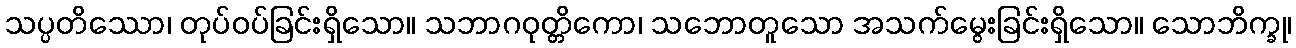
သပ္ပတိဿော၊ တုပ်ဝပ်ခြင်းရှိသော။ သဘာဂဝုတ္တိကော၊ သဘောတူသော အသက်မွေးခြင်းရှိသော။ သောဘိက္ခု၊